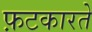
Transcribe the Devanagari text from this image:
फ़टकारते